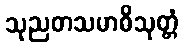
သုညတသမာဓိသုတ္တံ